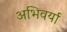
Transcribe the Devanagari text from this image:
अभिवर्या